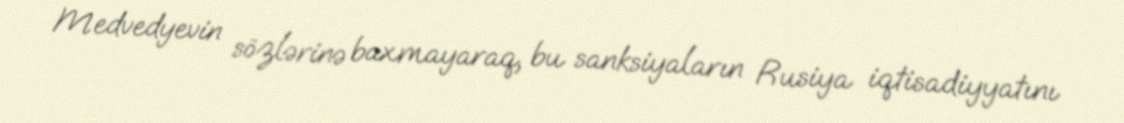
Medvedyevin sözlərinə baxmayaraq, bu sanksiyaların Rusiya iqtisadiyyatını